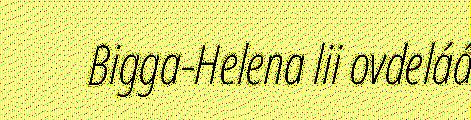
Bigga-Helena lii ovdeláá